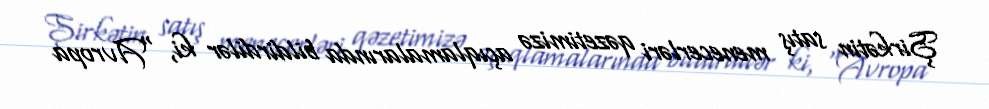
Şirkətin satış menecerləri qəzetimizə açıqlamalarında bildirdilər ki, “Avropa